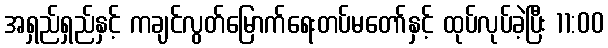
အရှည်ရှည်နှင့် ကချင်လွတ်မြောက်ရေးတပ်မတော်နှင့် ထုပ်လုပ်ခဲ့ပြီး 11:00